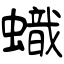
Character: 蟙